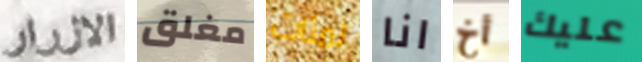
الازرار مغلق لمئات انا أخ عليك